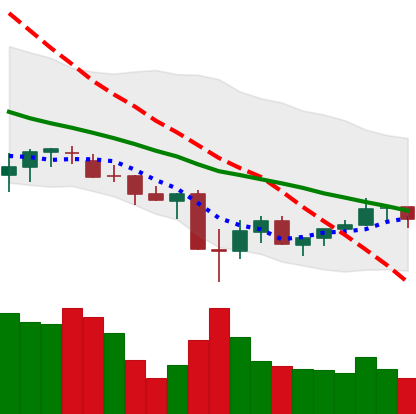
Ticker: XLM-USD
Chart end date: 2021-07-01
Forward return: -3.543%
Label: down_3_5